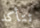
تتأكد